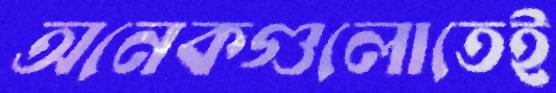
অনেকগুলোতেই